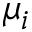
\mu _ { i }